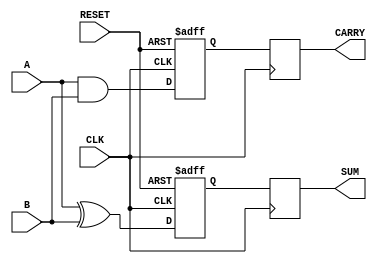
module Sequential_Half_Adder (
    input wire A,            // First input bit
    input wire B,            // Second input bit
    input wire CLK,          // Clock input
    input wire RESET,        // Asynchronous reset input
    output reg SUM,          // Sum output
    output reg CARRY         // Carry output
);

// Internal registers to hold the state
reg SUM_reg;
reg CARRY_reg;

// Always block triggered on the rising edge of the clock or reset
always @(posedge CLK or posedge RESET) begin
    if (RESET) begin
        // Reset the outputs to 0
        SUM_reg <= 1'b0;
        CARRY_reg <= 1'b0;
    end else begin
        // Calculate the new SUM and CARRY
        SUM_reg <= A ^ B;           // SUM = A XOR B
        CARRY_reg <= A & B;         // CARRY = A AND B
    end
end

// Assign the internal registers to the outputs
always @(posedge CLK) begin
    SUM <= SUM_reg;
    CARRY <= CARRY_reg;
end

endmodule